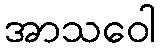
အာသဝေါ